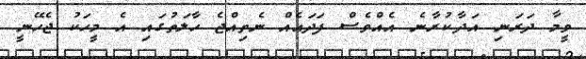
ވީމާ ދަރަނި އަދާކުރާނެ އެއްވެސް ފަދައެއް ނެތިއްޖެ ހާލަތުގައި އެ މީހަކު ޖެހޭނީ